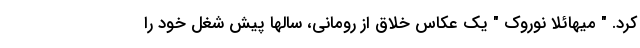
کرد. " میهائلا نوروک " یک عکاس خلاق از رومانی، سالها پیش شغل خود را